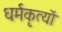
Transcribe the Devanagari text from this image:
धर्मकृत्यों